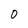
Character: 0